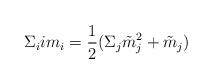
LaTeX: \begin{align*}\Sigma_i i m_i = \frac {1}{2}(\Sigma_j \tilde{m}_j^2 + \tilde{m}_j)\end{align*}